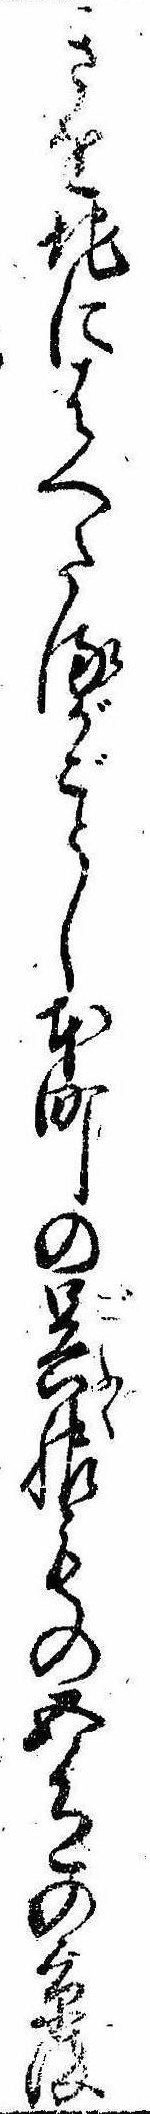
きを地にはへたるがごとし本町の呉服もの五色の京染